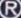
R